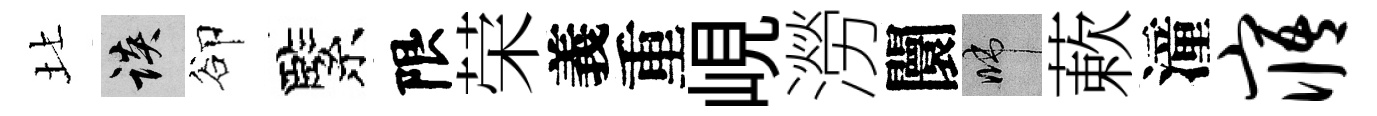
北談卻緊限荣義重峴澇闤啼蔌潼寤